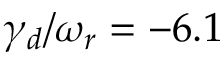
\gamma _ { d } / \omega _ { r } = - 6 . 1 \